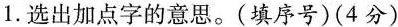
1.选出加点字的意思。(填序号)(4分)